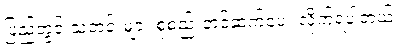
ပြည်တွင်းသတင်းများ စုစည်းတင်ဆက်ပေး လိုက်ရပါတယ်။